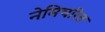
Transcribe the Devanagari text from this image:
नेमिचरित